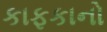
કાફકાનો